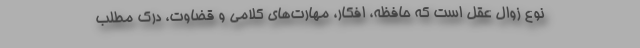
نوع زوال عقل است که حافظه، افکار، مهارت‌های کلامی و قضاوت، درک مطلب